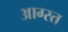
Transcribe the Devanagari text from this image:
आग्स्त